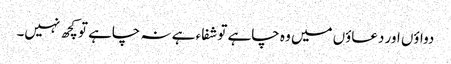
دواؤں اور دعاؤں میں وہ چاہے تو شفاء ہے نہ چاہے تو کچھ نہیں۔